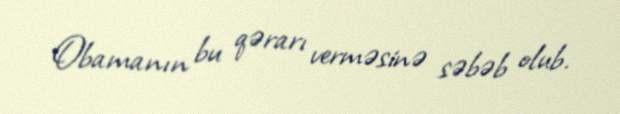
Obamanın bu qərarı verməsinə səbəb olub.